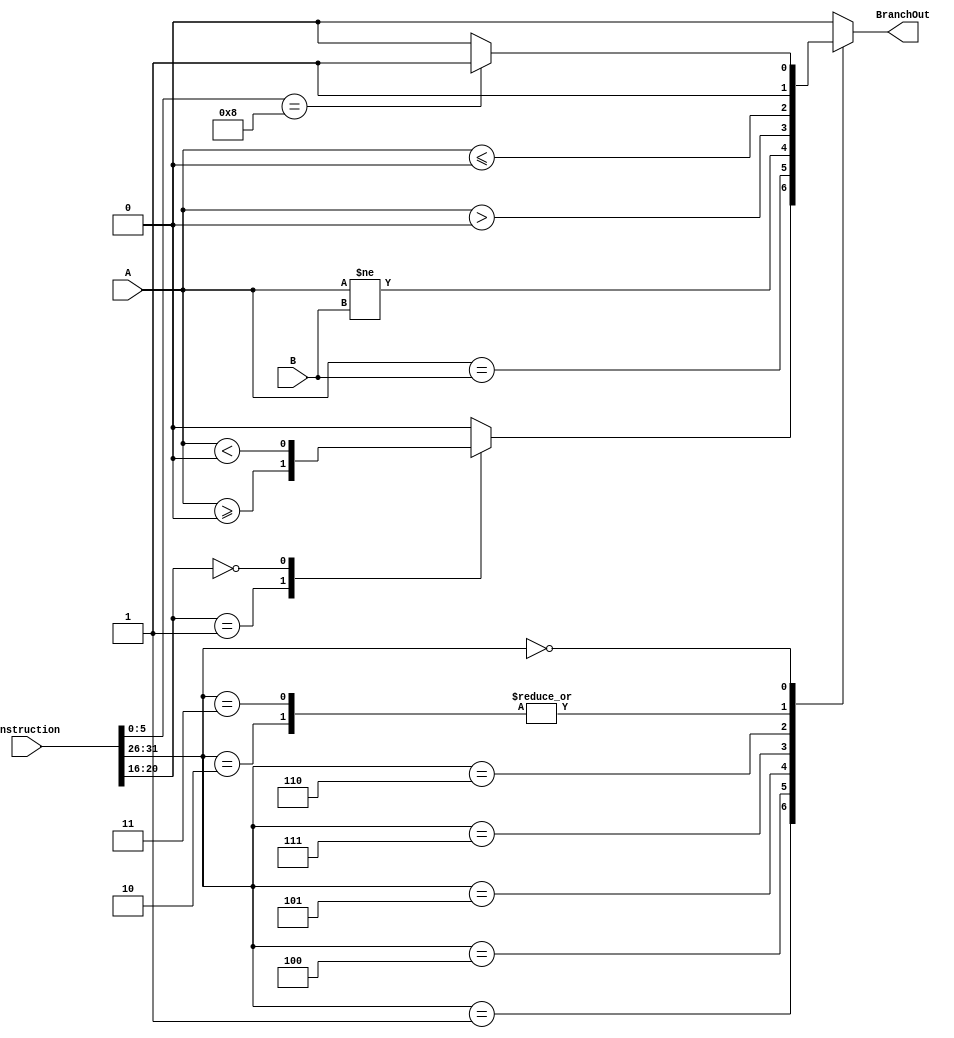
`timescale 1ns / 1ps
//////////////////////////////////////////////////////////////////////////////////
// Company: 
// Engineer: 
// 
// Design Name: 
// Module Name: BranchDetection
// Project Name: 
// Target Devices: 
// Tool Versions: 
// Description: 
// 
// Dependencies: 
// 
// Revision:
// Revision 0.01 - File Created
// Additional Comments:
// 
//////////////////////////////////////////////////////////////////////////////////


module BranchDetection (
    Instruction,
    A,
    B,
    BranchOut
);
  input [31:0] Instruction, A, B;
  output reg BranchOut;

  always @(*) begin
    case (Instruction[31:26])
      6'b000001: begin
        case (Instruction[20:16])
          5'b00001: begin  //bgez
            BranchOut <= ($signed(A) >= 0);
          end
          5'b00000: begin  //bltz
            BranchOut <= ($signed(A) < 0);
          end
          default: BranchOut <= 0;
        endcase
      end
      6'b000100: begin  //beq
        BranchOut <= (A == B);
      end
      6'b000101: begin  //bne
        BranchOut <= (A != B);
      end
      6'b000111: begin  //bgtz
        BranchOut <= ($signed(A) > 0);
      end
      6'b000110: begin  //blez
        BranchOut <= ($signed(A) <= 0);
      end
      6'b000010: begin  //j
        BranchOut <= 1;
      end
      6'b000011: begin  //jal
        BranchOut <= 1;
      end
      6'b000000: begin
        case (Instruction[5:0])
          6'b001000: begin  //jr
            BranchOut <= 1;
          end
          default begin
            BranchOut <= 0;
          end
        endcase
      end
      default: begin
        BranchOut <= 0;
      end
    endcase
  end
endmodule